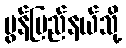
မွန်ပြည်နယ်သို့